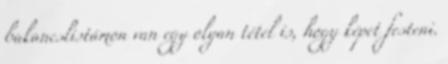
bakancslistámon van egy olyan tétel is, hogy képet festeni.